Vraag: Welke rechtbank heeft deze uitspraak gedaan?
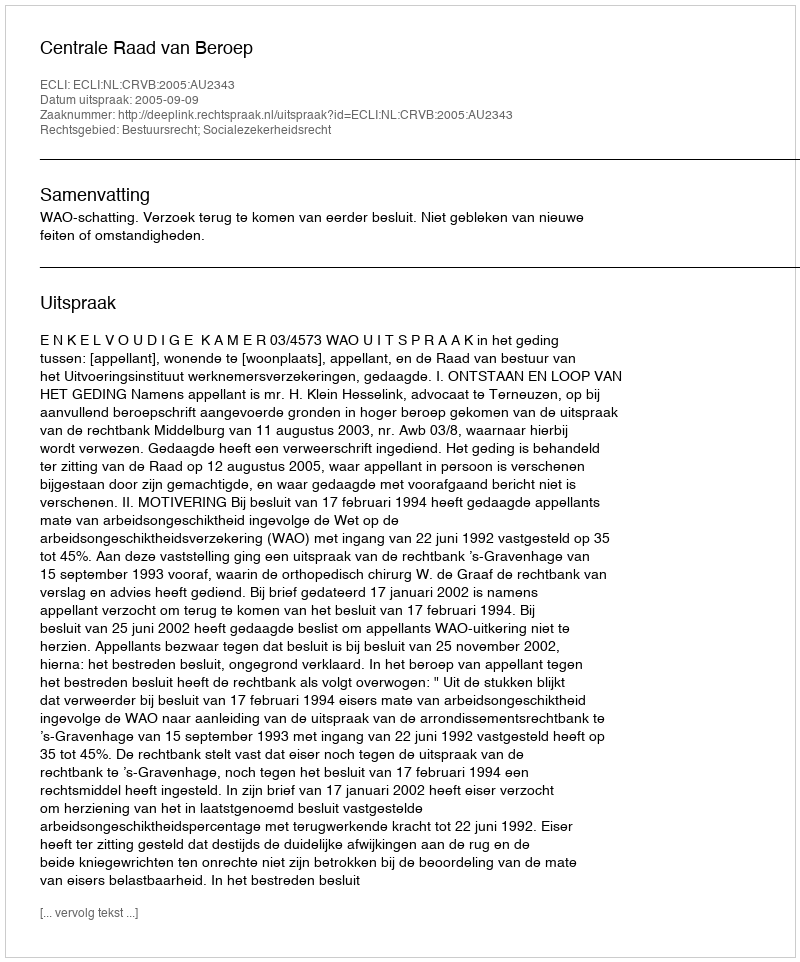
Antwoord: Centrale Raad van Beroep